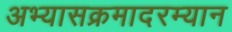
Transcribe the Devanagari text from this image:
अभ्यासक्रमादरम्यान